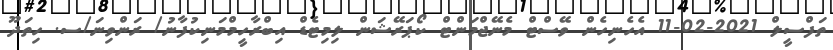
ތަފްސީލް 2021-02-11 އެހެނިހެން ވޭސްޓް މެނޭޖްމަންޓް ކޯޕަރޭޝަން ލިމިޓެޑް އިބްރާހީމްމަނިކުފާނު/ ރަންވިނަ/ސ. ހިތަދޫ